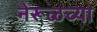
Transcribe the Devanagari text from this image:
नेरूळच्या